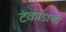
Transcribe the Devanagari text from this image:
टेकाडाची